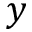
y